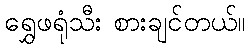
ရွှေဖရုံသီး စားချင်တယ်။